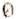
0